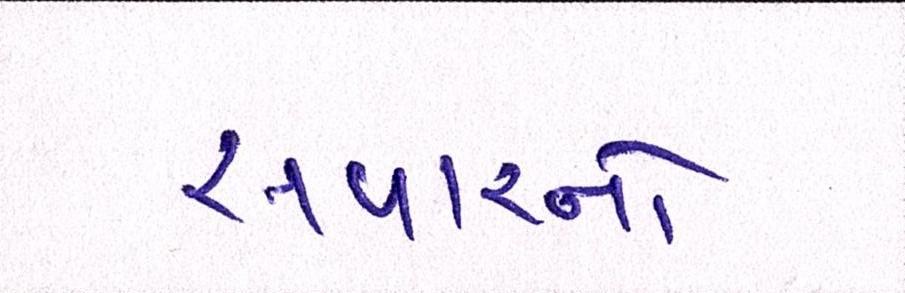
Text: સવારનો